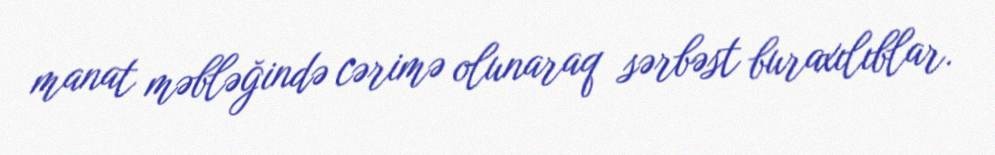
manat məbləğində cərimə olunaraq sərbəst buraxılıblar.